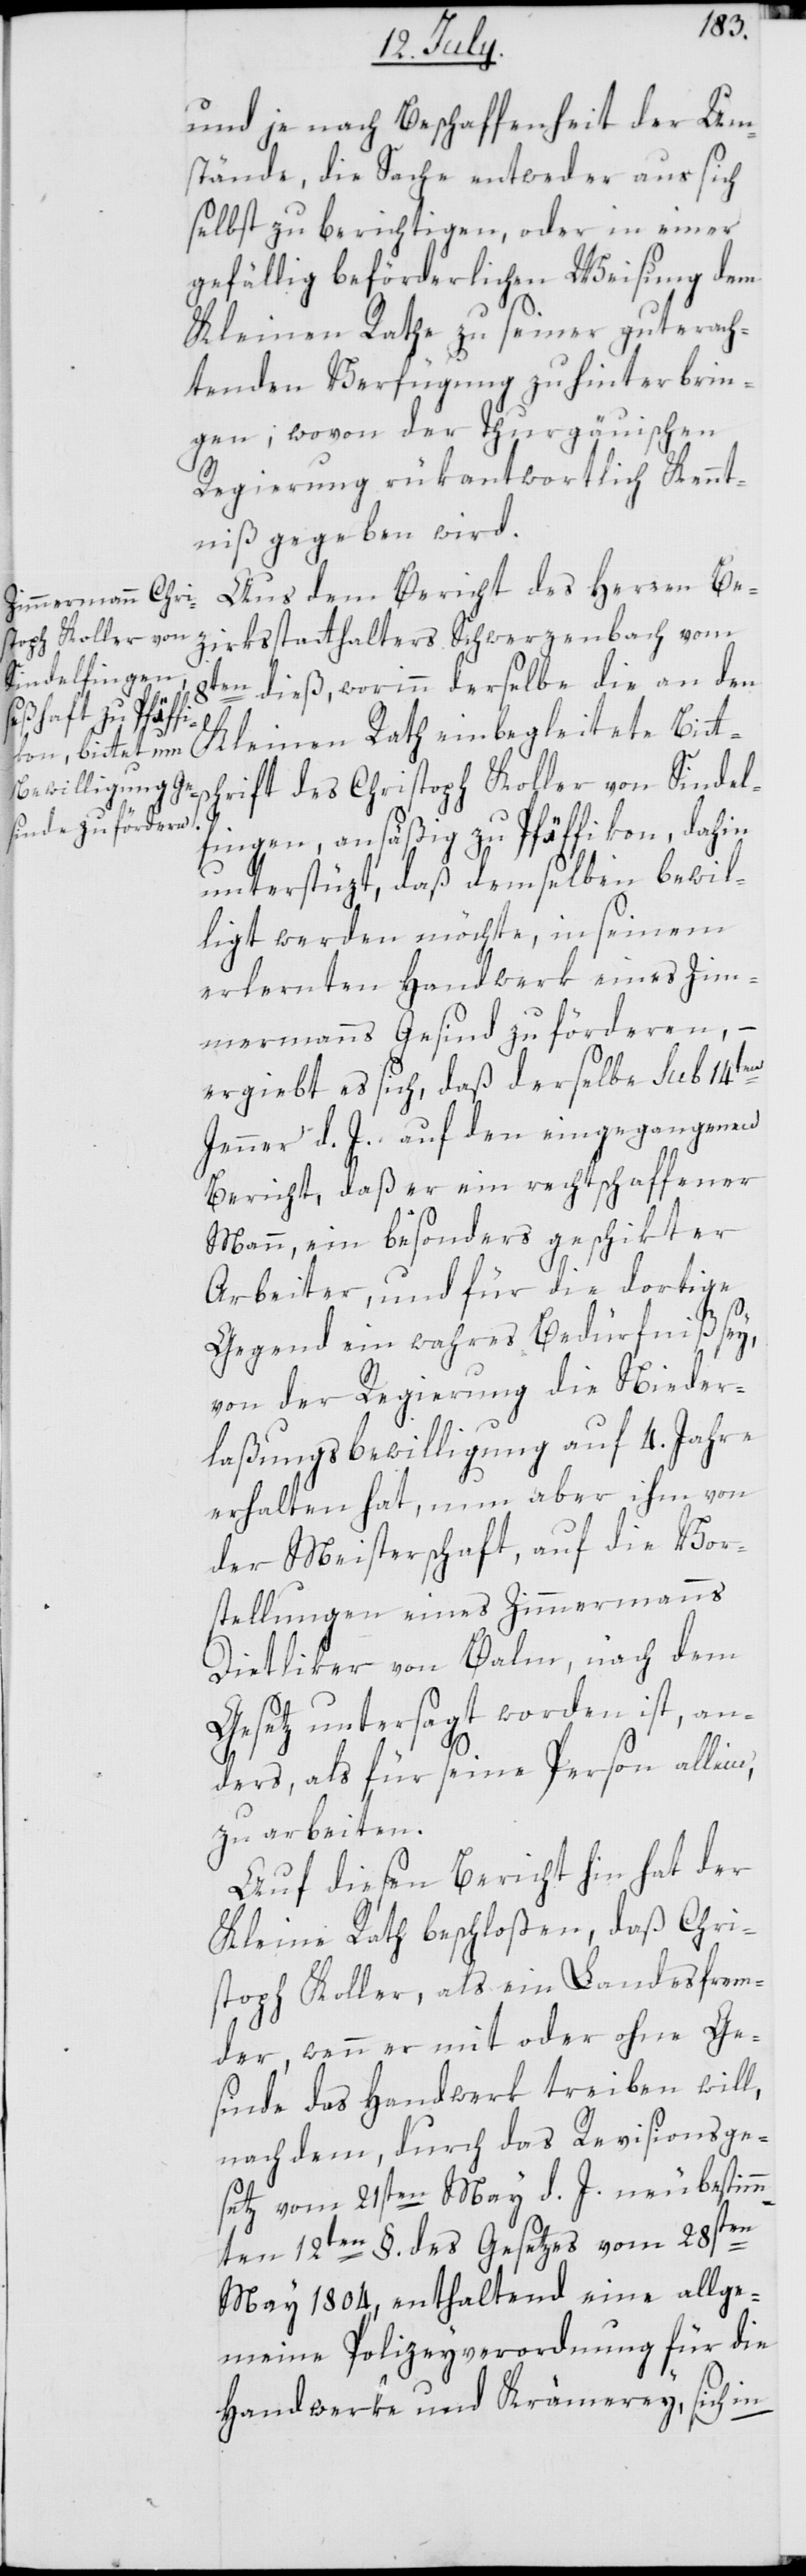
und je nach Beschaffenheit der Um¬
stände, die Sache entweder aus sich
selbst zu berichtigen, oder in einer
gefällig beförderlichen Weisung dem
Kleinen Rathe zu seiner gut erach¬
tenden Verfügung zu hinterbrin¬
gen; wovon der Thurgäuischen
Regierung rükantwortlich Kennt¬
niß gegeben wird.
Aus dem Bericht des Herren Be¬
zirksstatthalters Schwerzenbach vom
8ten dieß, worinn derselbe die an den
Kleinen Rath einbegleitete Bitt¬
schrift des Christoph Koller von Sindel¬
fingen, ansäßig zu Pfäffikon, dahin
unterstüzt, daß demselben bewil¬
ligt werden möchte, in seinem
erlernten Handwerk eines Zim¬
mermanns Gesind zu förderen, –
ergiebt es sich, daß derselbe sub 14ten
Jenner d. J. auf den eingegangenen
Bericht, daß er ein rechtschaffener
Mann, ein besonders geschikter
Arbeiter, und für die dortige
Gegend ein wahres Bedürfniß sey,
von der Regierung die Nieder¬
laßungsbewilligung auf 4. Jahre
erhalten hat, nun aber ihm von
der Meisterschaft, auf die Vor¬
stellungen eines Zimmermanns
Dietliker von Balm, nach dem
Gesetz untersagt worden ist, an¬
ders, als für seine Person allein,
zu abeiten.
Auf diesen Bericht hin hat der
Kleine Rath beschloßen, daß Chri¬
stoph Koller, als ein Landesfrem¬
der, wenn er mit oder ohne Ge¬
sinde das Handwerk treiben will,
nach dem, durch das Revisionsge¬
setz vom 21sten May d. J. neubestim¬
mten 12ten §. des Gesetzes vom 28sten
May 1804, enthaltend eine allge¬
meine Polizeyverordnung für die
Handwerke und Krämerey, sich in